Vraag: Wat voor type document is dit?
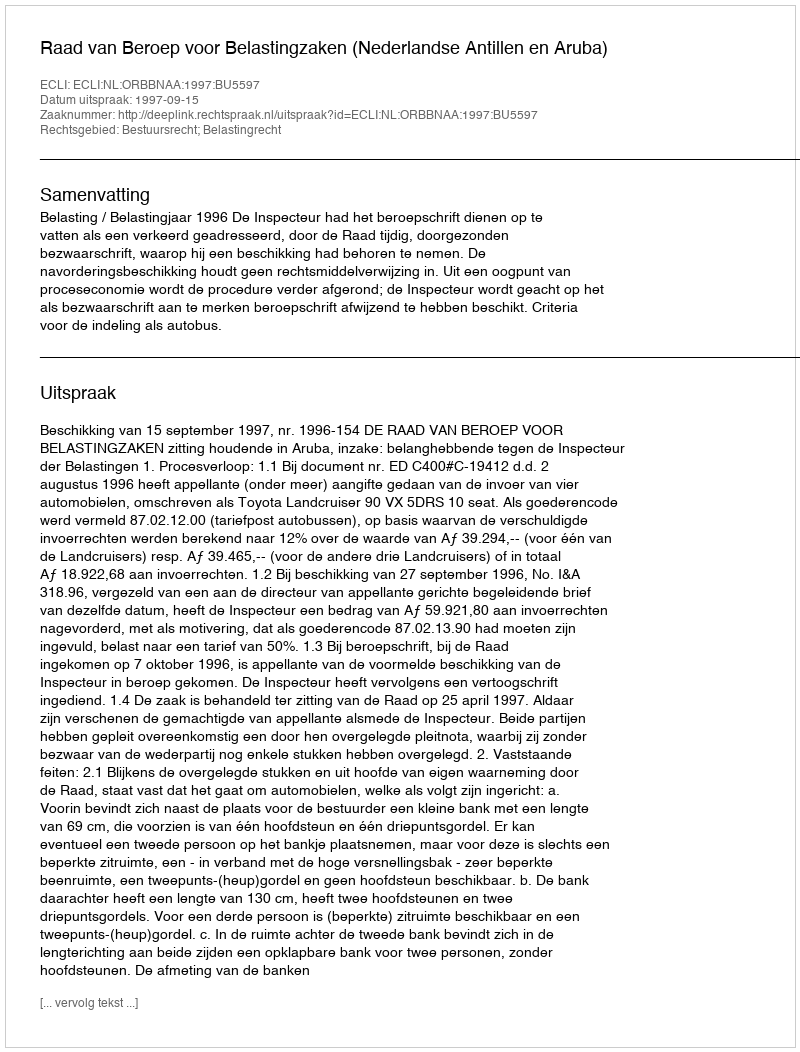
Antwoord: Uitspraak